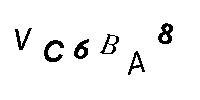
VC6BA8